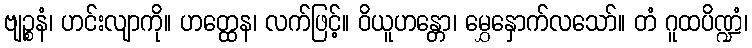
ဗျဉ္စနံ၊ ဟင်းလျာကို။ ဟတ္ထေန၊ လက်ဖြင့်။ ဝိယူဟန္တော၊ မွှေနှောက်လသော်။ တံ ဂူထပိဏ္ဍံ၊